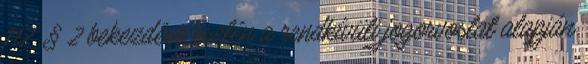
112. § 2 bekezdése esetén a rendkívüli jogorvoslat alapján